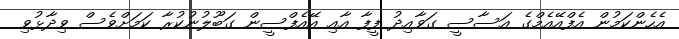
އެެހެންކަމުން އެފްއޭއެމްގެ އަސާސީ ގަވާއިދު ފީފާ އާއި އޭއެފްސީން ގަބޫލުނުކުރާ ކަމަށްވެސް ވިދާޅުވި